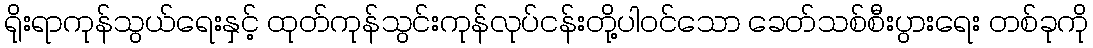
ရိုးရာကုန်သွယ်ရေးနှင့် ထုတ်ကုန်သွင်းကုန်လုပ်ငန်းတို့ပါဝင်သော ခေတ်သစ်စီးပွားရေး တစ်ခုကို